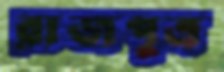
রাজপুত্র